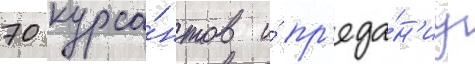
70 курса́нтов и́ пр'еда́н'иу